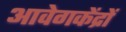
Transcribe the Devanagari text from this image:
आवेगकेंद्रों